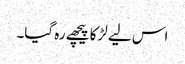
اس لیے لڑکا پیچھے رہ گیا۔